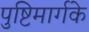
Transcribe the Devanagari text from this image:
पुष्टिमार्गके